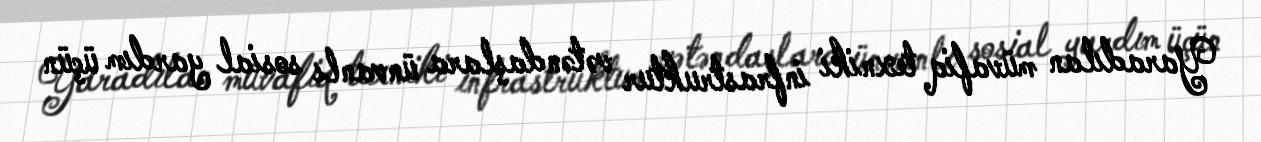
Yaradılan müvafiq texniki infrastruktur vətəndaşlara ünvanlı sosial yardım üçün